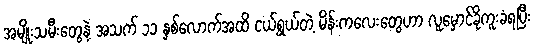
အမျိုးသမီးတွေနဲ့ အသက် ၁၁ နှစ်လောက်အထိ ငယ်ရွယ်တဲ့ မိန်းကလေးတွေဟာ လူမှောင်ခိုကူးခံရပြီး